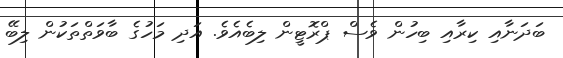
ބަދަނާއި ކިރާއި ބިހުން ވެސް ޕްރޮޓީން ލިބެއެވެ. އަދި މަހުގެ ބާވަތްތަކުން ލިބޭ